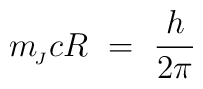
m_{\!_J} c R \ = \ \frac{h}{2\pi}